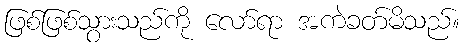
ဖြစ်ဖြစ်သွားသည်ကို လော်ရာ အကဲခတ်မိသည်။